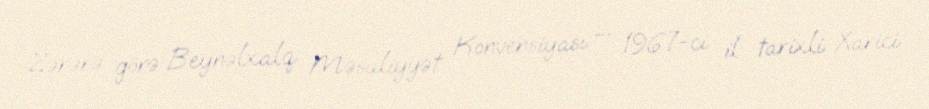
Zərərə görə Beynəlxalq Məsuliyyət Konvensiyası — 1967-ci il tarixli Xarici